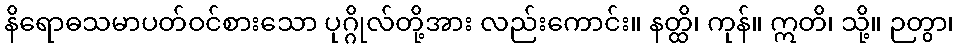
နိရောဓသမာပတ်ဝင်စားသော ပုဂ္ဂိုလ်တို့အား လည်းကောင်း။ နတ္ထိ၊ ကုန်။ ဣတိ၊ သို့။ ဉတွာ၊